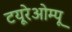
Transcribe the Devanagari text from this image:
टयूरेओम्पू